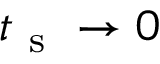
t _ { \mathrm { ~ s ~ } } \to 0